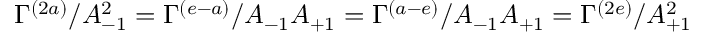
\Gamma ^ { ( 2 a ) } / A _ { - 1 } ^ { 2 } = \Gamma ^ { ( e - a ) } / A _ { - 1 } A _ { + 1 } = \Gamma ^ { ( a - e ) } / A _ { - 1 } A _ { + 1 } = \Gamma ^ { ( 2 e ) } / A _ { + 1 } ^ { 2 }